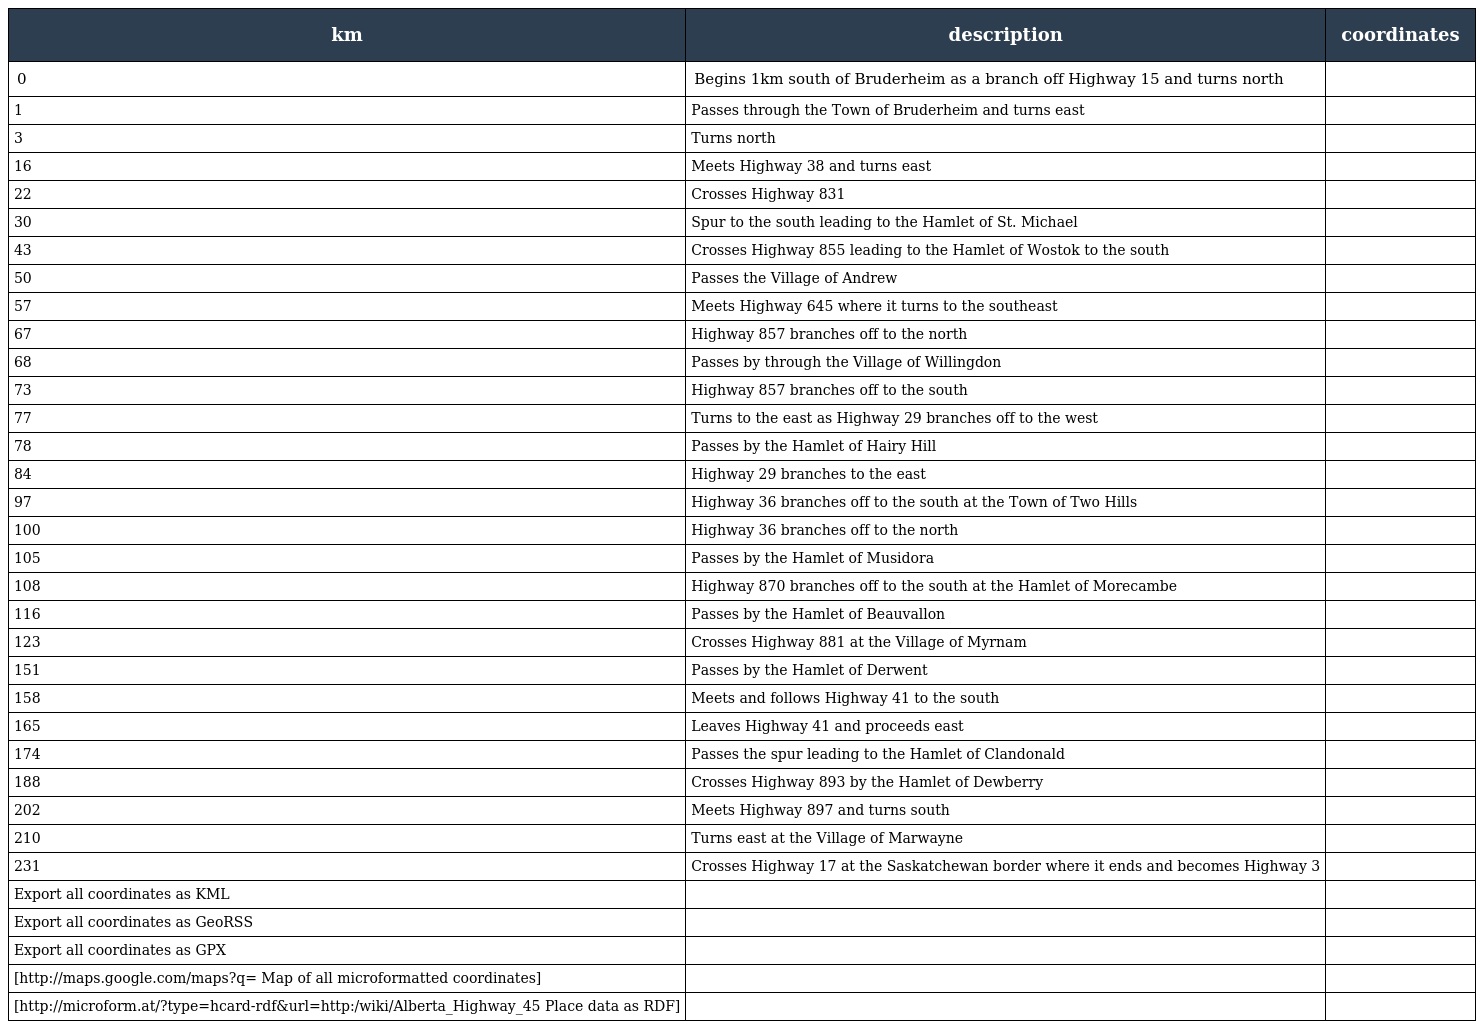
| km | description | coordinates |
 | --- | --- | --- |
 | 0 | Begins 1km south of Bruderheim as a branch off Highway 15 and turns north |  |
 | 1 | Passes through the Town of Bruderheim and turns east |  |
 | 3 | Turns north |  |
 | 16 | Meets Highway 38 and turns east |  |
 | 22 | Crosses Highway 831 |  |
 | 30 | Spur to the south leading to the Hamlet of St. Michael |  |
 | 43 | Crosses Highway 855 leading to the Hamlet of Wostok to the south |  |
 | 50 | Passes the Village of Andrew |  |
 | 57 | Meets Highway 645 where it turns to the southeast |  |
 | 67 | Highway 857 branches off to the north |  |
 | 68 | Passes by through the Village of Willingdon |  |
 | 73 | Highway 857 branches off to the south |  |
 | 77 | Turns to the east as Highway 29 branches off to the west |  |
 | 78 | Passes by the Hamlet of Hairy Hill |  |
 | 84 | Highway 29 branches to the east |  |
 | 97 | Highway 36 branches off to the south at the Town of Two Hills |  |
 | 100 | Highway 36 branches off to the north |  |
 | 105 | Passes by the Hamlet of Musidora |  |
 | 108 | Highway 870 branches off to the south at the Hamlet of Morecambe |  |
 | 116 | Passes by the Hamlet of Beauvallon |  |
 | 123 | Crosses Highway 881 at the Village of Myrnam |  |
 | 151 | Passes by the Hamlet of Derwent |  |
 | 158 | Meets and follows Highway 41 to the south |  |
 | 165 | Leaves Highway 41 and proceeds east |  |
 | 174 | Passes the spur leading to the Hamlet of Clandonald |  |
 | 188 | Crosses Highway 893 by the Hamlet of Dewberry |  |
 | 202 | Meets Highway 897 and turns south |  |
 | 210 | Turns east at the Village of Marwayne |  |
 | 231 | Crosses Highway 17 at the Saskatchewan border where it ends and becomes Highway 3 |  |
 | Export all coordinates as KML |  |  |
 | Export all coordinates as GeoRSS |  |  |
 | Export all coordinates as GPX |  |  |
 | [http://maps.google.com/maps?q= Map of all microformatted coordinates] |  |  |
 | [http://microform.at/?type=hcard-rdf&url=http:/wiki/Alberta_Highway_45 Place data as RDF] |  |  |